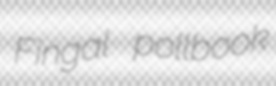
Fingal pollbook